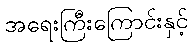
အရေးကြီးကြောင်းနှင့်